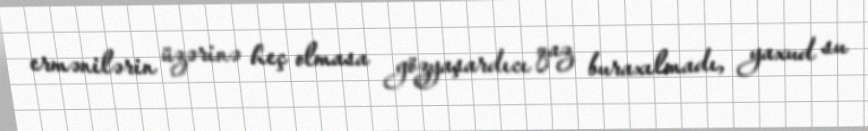
ermənilərin üzərinə heç olmasa gözyaşardıcı qaz buraxılmadı, yaxud su